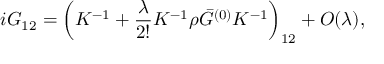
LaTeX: i G _ { 1 2 } = \left( K ^ { - 1 } + \frac { \lambda } { 2 ! } K ^ { - 1 } \rho \bar { G } ^ { ( 0 ) } K ^ { - 1 } \right) _ { 1 2 } + O ( \lambda ) ,